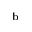
^ \mathrm { b }